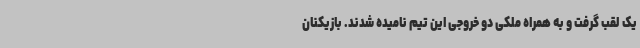
یک لقب گرفت و به همراه ملکی دو خروجی این تیم نامیده شدند. بازیکنان